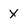
Character: x